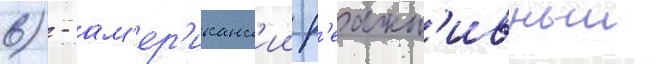
6) - ам'ер'иканск'ии р'еакт'ивныи